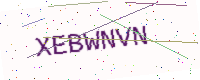
Text: XEBWNVN